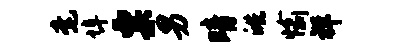
毫埠粟男晴皓愉祥